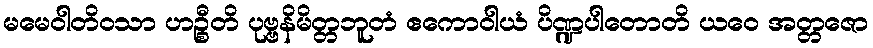
မမေဝါတိဝသာ ဟဉ္စီတိ ပုဗ္ဗနိမိတ္တဘူတံ ဧကောဝါယံ ပိဏ္ဍပါတောတိ ယဝေ အတ္တဇော